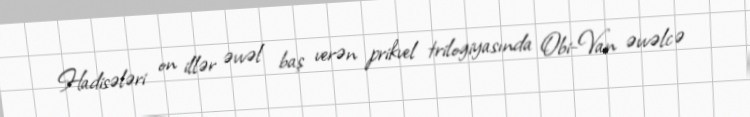
Hadisələri on illər əvvəl baş verən prikvel trilogiyasında Obi-Van əvvəlcə